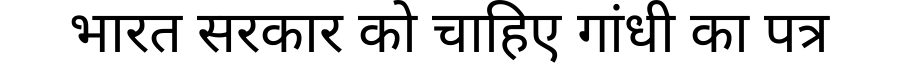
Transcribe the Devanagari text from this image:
भारत सरकार को चाहिए गांधी का पत्र